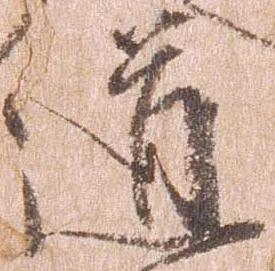
道